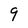
Character: g